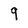
Character: 9